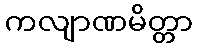
ကလျာဏမိတ္တာ